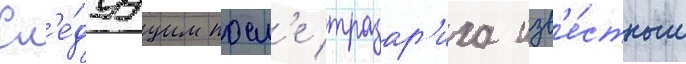
Сл'е́дуущим посл'е тразар'иха изв'е́стным